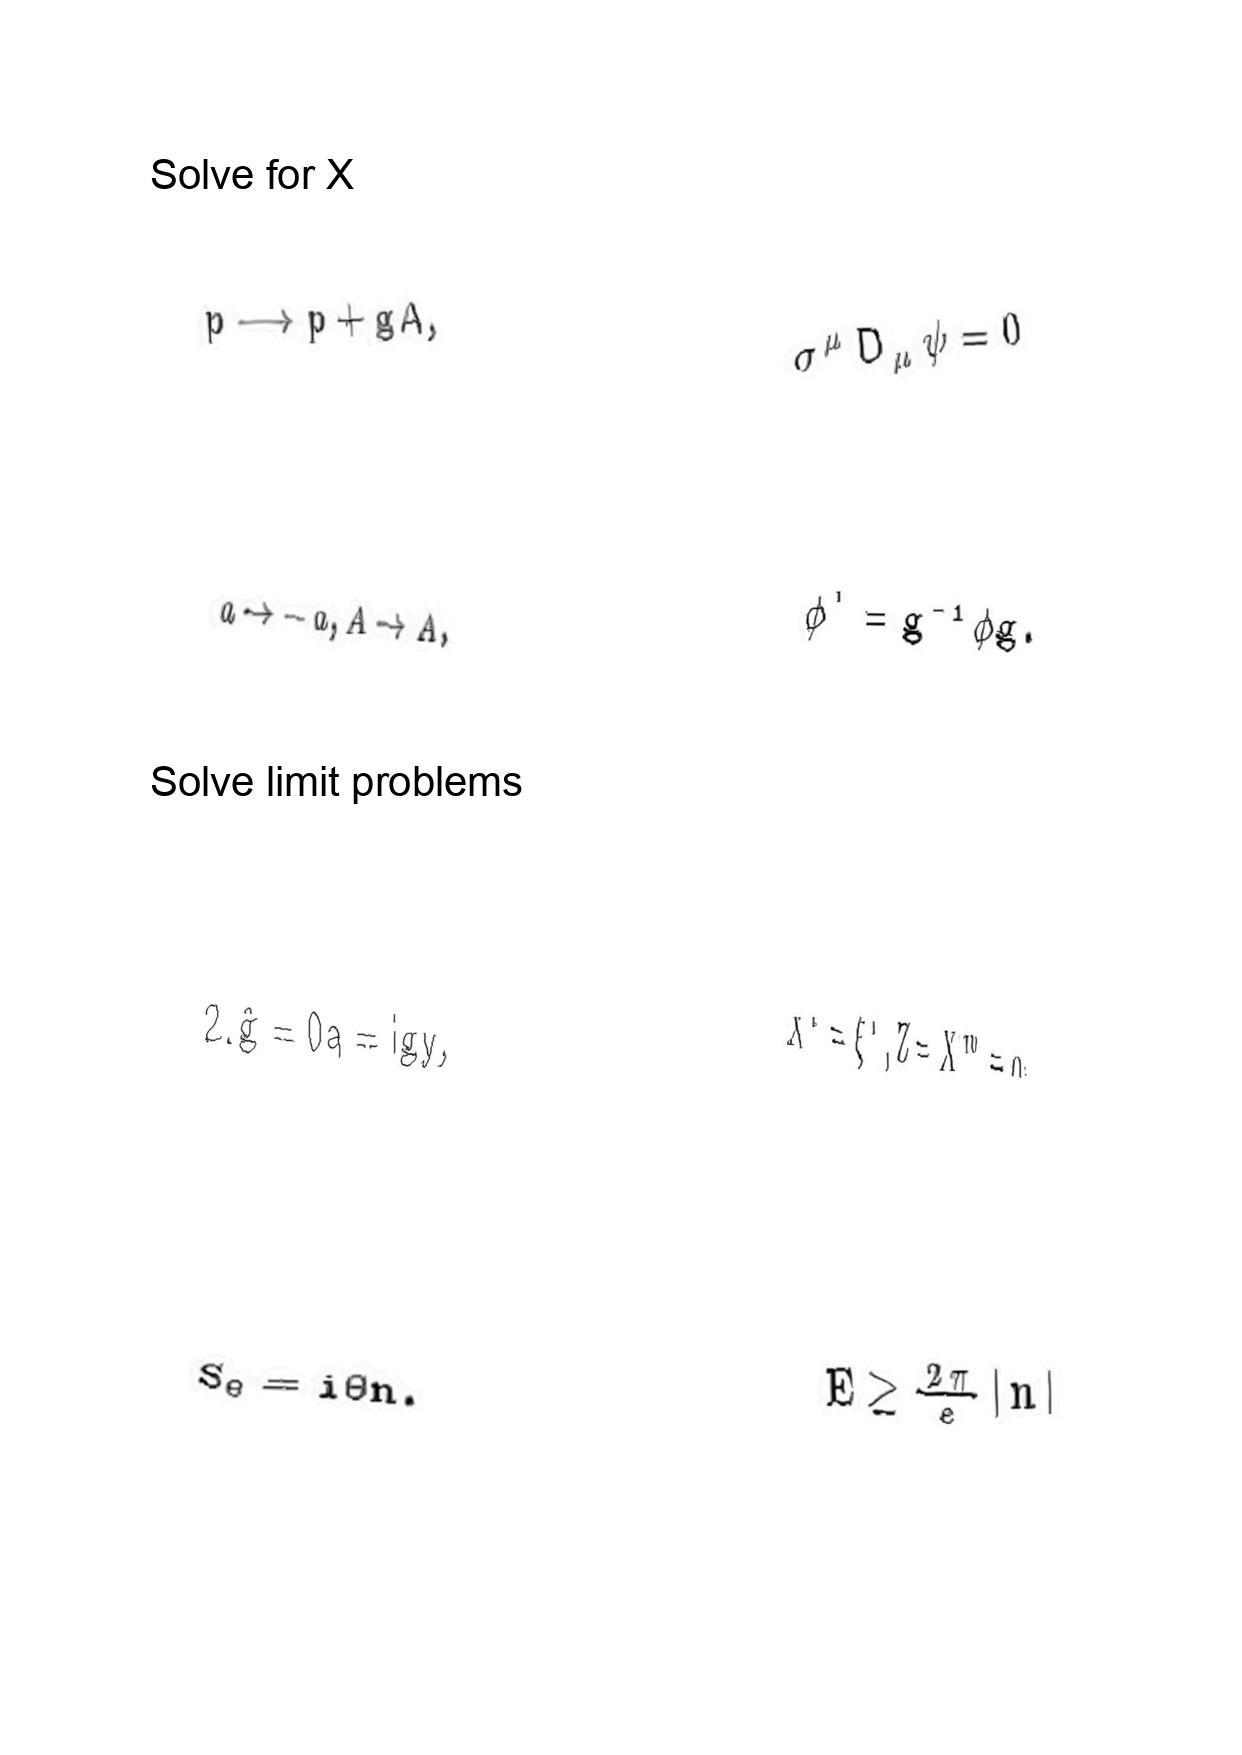
LaTeX transcription:
p \longrightarrow p + g A ,
a \rightarrow - a , A \rightarrow A ,
2 . \hat { g } = 0 a = i g y ,
S _ { \Theta } = i \Theta n .
\sigma ^ { \mu } D _ { \mu } \psi = 0
\phi ^ { \prime } = g ^ { - 1 } \phi g .
X ^ { i } = \xi ^ { i } , Z = X ^ { m } = 0 ,
E \geq \frac { 2 \pi } { e } \vert n \vert